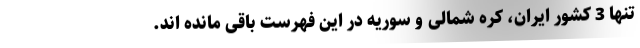
تنها 3 کشور ایران، کره شمالی و سوریه در این فهرست باقی مانده اند.